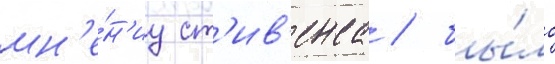
мн'е́н'иу ст'ив'енса / бы́ло